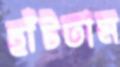
হাঁটতাম